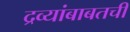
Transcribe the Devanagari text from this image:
द्रव्यांबाबतची